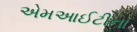
એમઆઈટીના